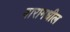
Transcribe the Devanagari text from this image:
बारामधील